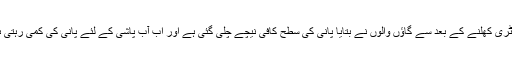
فیکٹری کھلنے کے بعد سے گاؤں والوں نے بتایا پانی کی سطح کافی نیچے چلی گئی ہے اور اب آب پاشی کے لئے پانی کی کمی رہتی ہے۔